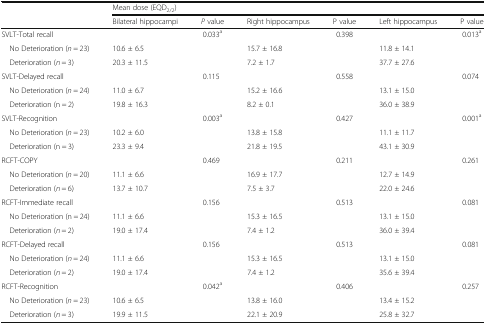
<table><thead><tr><td></td><td colspan="6"><b>Mean dose (EQD<sub>2/2</sub>)</b></td></tr><tr><td></td><td><b>Bilateral hippocampi</b></td><td><b><i>P</i> value</b></td><td><b>Right hippocampus</b></td><td><b>P value</b></td><td><b>Left hippocampus</b></td><td><b>P value</b></td></tr></thead><tbody><tr><td>SVLT-Total recall</td><td></td><td>0.033<sup>a</sup></td><td></td><td>0.398</td><td></td><td>0.013<sup>a</sup></td></tr><tr><td> No Deterioration (<i>n</i> = 23)</td><td>10.6 ± 6.5</td><td></td><td>15.7 ± 16.8</td><td></td><td>11.8 ± 14.1</td><td></td></tr><tr><td> Deterioration (<i>n</i> = 3)</td><td>20.3 ± 11.5</td><td></td><td>7.2 ± 1.7</td><td></td><td>37.7 ± 27.6</td><td></td></tr><tr><td>SVLT-Delayed recall</td><td></td><td>0.115</td><td></td><td>0.558</td><td></td><td>0.074</td></tr><tr><td> No Deterioration (<i>n</i> = 24)</td><td>11.0 ± 6.7</td><td></td><td>15.2 ± 16.6</td><td></td><td>13.1 ± 15.0</td><td></td></tr><tr><td> Deterioration (n = 2)</td><td>19.8 ± 16.3</td><td></td><td>8.2 ± 0.1</td><td></td><td>36.0 ± 38.9</td><td></td></tr><tr><td>SVLT-Recognition</td><td></td><td>0.003<sup>a</sup></td><td></td><td>0.427</td><td></td><td>0.001<sup>a</sup></td></tr><tr><td> No Deterioration (<i>n</i> = 23)</td><td>10.2 ± 6.0</td><td></td><td>13.8 ± 15.8</td><td></td><td>11.1 ± 11.7</td><td></td></tr><tr><td> Deterioration (n = 3)</td><td>23.3 ± 9.4</td><td></td><td>21.8 ± 19.5</td><td></td><td>43.1 ± 30.9</td><td></td></tr><tr><td>RCFT-COPY</td><td></td><td>0.469</td><td></td><td>0.211</td><td></td><td>0.261</td></tr><tr><td> No Deterioration (<i>n</i> = 20)</td><td>11.1 ± 6.6</td><td></td><td>16.9 ± 17.7</td><td></td><td>12.7 ± 14.9</td><td></td></tr><tr><td> Deterioration (<i>n</i> = 6)</td><td>13.7 ± 10.7</td><td></td><td>7.5 ± 3.7</td><td></td><td>22.0 ± 24.6</td><td></td></tr><tr><td>RCFT-Immediate recall</td><td></td><td>0.156</td><td></td><td>0.513</td><td></td><td>0.081</td></tr><tr><td> No Deterioration (n = 24)</td><td>11.1 ± 6.6</td><td></td><td>15.3 ± 16.5</td><td></td><td>13.1 ± 15.0</td><td></td></tr><tr><td> Deterioration (<i>n</i> = 2)</td><td>19.0 ± 17.4</td><td></td><td>7.4 ± 1.2</td><td></td><td>36.0 ± 39.4</td><td></td></tr><tr><td>RCFT-Delayed recall</td><td></td><td>0.156</td><td></td><td>0.513</td><td></td><td>0.081</td></tr><tr><td> No Deterioration (<i>n</i> = 24)</td><td>11.1 ± 6.6</td><td></td><td>15.3 ± 16.5</td><td></td><td>13.1 ± 15.0</td><td></td></tr><tr><td> Deterioration (<i>n</i> = 2)</td><td>19.0 ± 17.4</td><td></td><td>7.4 ± 1.2</td><td></td><td>35.6 ± 39.4</td><td></td></tr><tr><td>RCFT-Recognition</td><td></td><td>0.042<sup>a</sup></td><td></td><td>0.406</td><td></td><td>0.257</td></tr><tr><td> No Deterioration (<i>n</i> = 23)</td><td>10.6 ± 6.5</td><td></td><td>13.8 ± 16.0</td><td></td><td>13.4 ± 15.2</td><td></td></tr><tr><td> Deterioration (<i>n</i> = 3)</td><td>19.9 ± 11.5</td><td></td><td>22.1 ± 20.9</td><td></td><td>25.8 ± 32.7</td><td></td></tr></tbody></table>